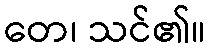
တေ၊ သင်၏။